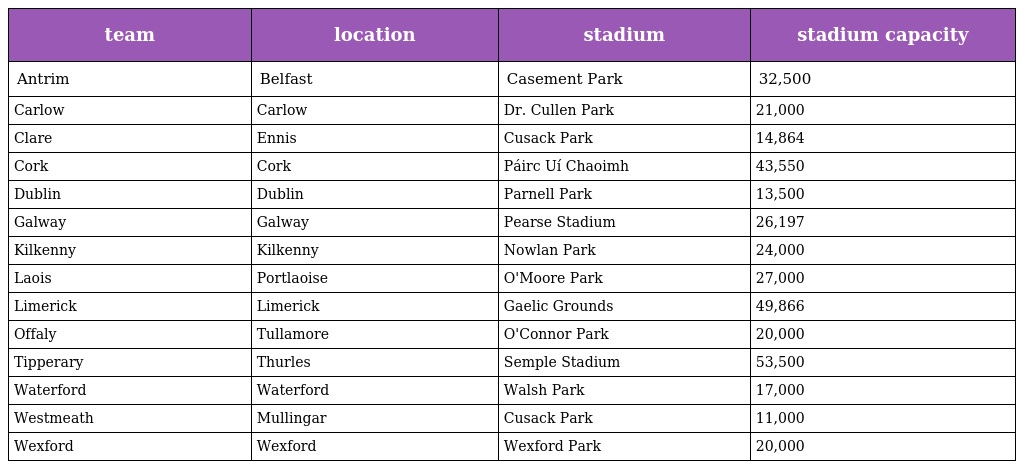
| team | location | stadium | stadium capacity |
 | --- | --- | --- | --- |
 | Antrim | Belfast | Casement Park | 32,500 |
 | Carlow | Carlow | Dr. Cullen Park | 21,000 |
 | Clare | Ennis | Cusack Park | 14,864 |
 | Cork | Cork | Páirc Uí Chaoimh | 43,550 |
 | Dublin | Dublin | Parnell Park | 13,500 |
 | Galway | Galway | Pearse Stadium | 26,197 |
 | Kilkenny | Kilkenny | Nowlan Park | 24,000 |
 | Laois | Portlaoise | O'Moore Park | 27,000 |
 | Limerick | Limerick | Gaelic Grounds | 49,866 |
 | Offaly | Tullamore | O'Connor Park | 20,000 |
 | Tipperary | Thurles | Semple Stadium | 53,500 |
 | Waterford | Waterford | Walsh Park | 17,000 |
 | Westmeath | Mullingar | Cusack Park | 11,000 |
 | Wexford | Wexford | Wexford Park | 20,000 |